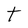
Character: t